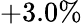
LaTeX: +3.0\%